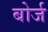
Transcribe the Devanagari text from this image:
बोर्ज